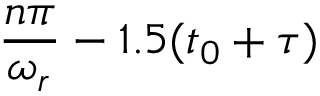
\frac { n \pi } { \omega _ { r } } - 1 . 5 ( t _ { 0 } + \tau )